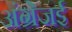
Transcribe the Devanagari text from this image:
अंग्रेजई